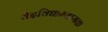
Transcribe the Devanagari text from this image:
वेदविद्याभ्यासक